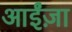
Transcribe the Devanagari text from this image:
आईंज़ा